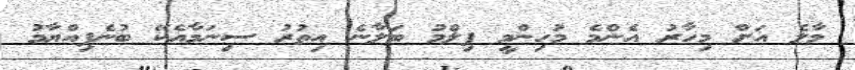
މާލެ އަށް މިހާރު އެންމެ މުހިންމީ ފިލްމު ބަލާނެ އިތުރު ސިނަމާއެކޭ ބުނެފިއްޔާމު